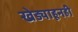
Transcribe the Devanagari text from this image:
खेड्याहूनही